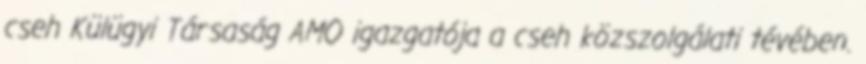
cseh Külügyi Társaság AMO igazgatója a cseh közszolgálati tévében.